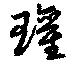
瓘